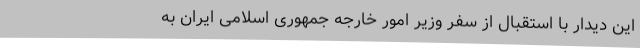
این دیدار با استقبال از سفر وزیر امور خارجه جمهوری اسلامی ایران به